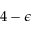
4 - \epsilon